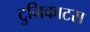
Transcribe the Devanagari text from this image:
टुनिकाटस